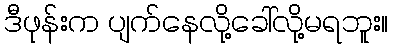
ဒီဖုန်းက ပျက်နေလို့ခေါ်လို့မရဘူး။